Leaving Certificate Examination, 1915
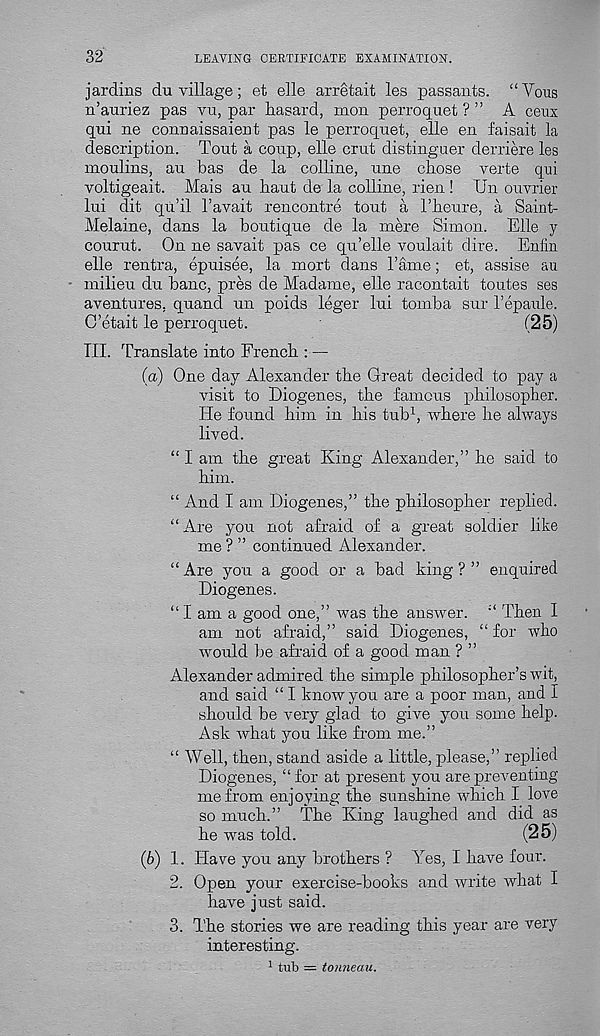
32
LEAVING CERTIFICATE EXAMINATION.
jardins du village; et elle arretait les passants. “ Vous
n’auriez pas vu, par liasard, mon perroquet ? ” A cenx
qui ne connaissaient pas le perroquet, elle en faisait la
description. Tout a coup, elle crut distinguer derriere les
moulins, au bas de la colline, une chose verte qui
voltigeait. Mais au haut de la colline, rien ! Un ouvrier
lui dit qii’il 1’avait rencontre tout a I’heure, a Saint-
Melaine, dans la boutique de la mere Simon. Elle y
courut. On ne savait pas ce qu’elle voulait dire. Enfin
elle rentra, epuisee, la mort dans Tame; et, assise au
milieu du banc, pres de Madame, elle racontait toutes ses
aventures. quand un poids leger lui tomba sur 1’epaule.
C’etait le perroquet.
(25)
TIL Translate into French : —
(а) One day Alexander the Great decided to pay a
visit to Diogenes, the famous philosopher.
He found him in bis tub 1 , where he always
lived.
“ I am the great King Alexander,” he said to
him.
“ And I am Diogenes,” the philosopher replied.
‘‘Are you not afraid of a great soldier like
me ? ” continued Alexander.
“Are you a good or a bad king?” enquired
Diogenes.
“ I am a good one,” was the answer. “ Then I
am not afraid,” said Diogenes, “for who
would be afraid of a good man ? ”
Alexander admired the simple philosopher’s wit,
and said “ I know you are a poor man, and I
should be very glad to give you some help.
Ask what you like from me.”
“ Well, then, stand aside a little, please,” replied
Diogenes, “ for at present you are preventing
me from enjoying the sunshine which I love
so much.” The King laughed and did as
he was told.
(25)
(б) 1. Have you any brothers ? Yes, I have four.
2. Open your exercise-books and write what I
have just said.
3. The stories we are reading this year are very
interesting.
1 tub = tonneau.